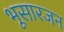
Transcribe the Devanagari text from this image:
भूसारजन